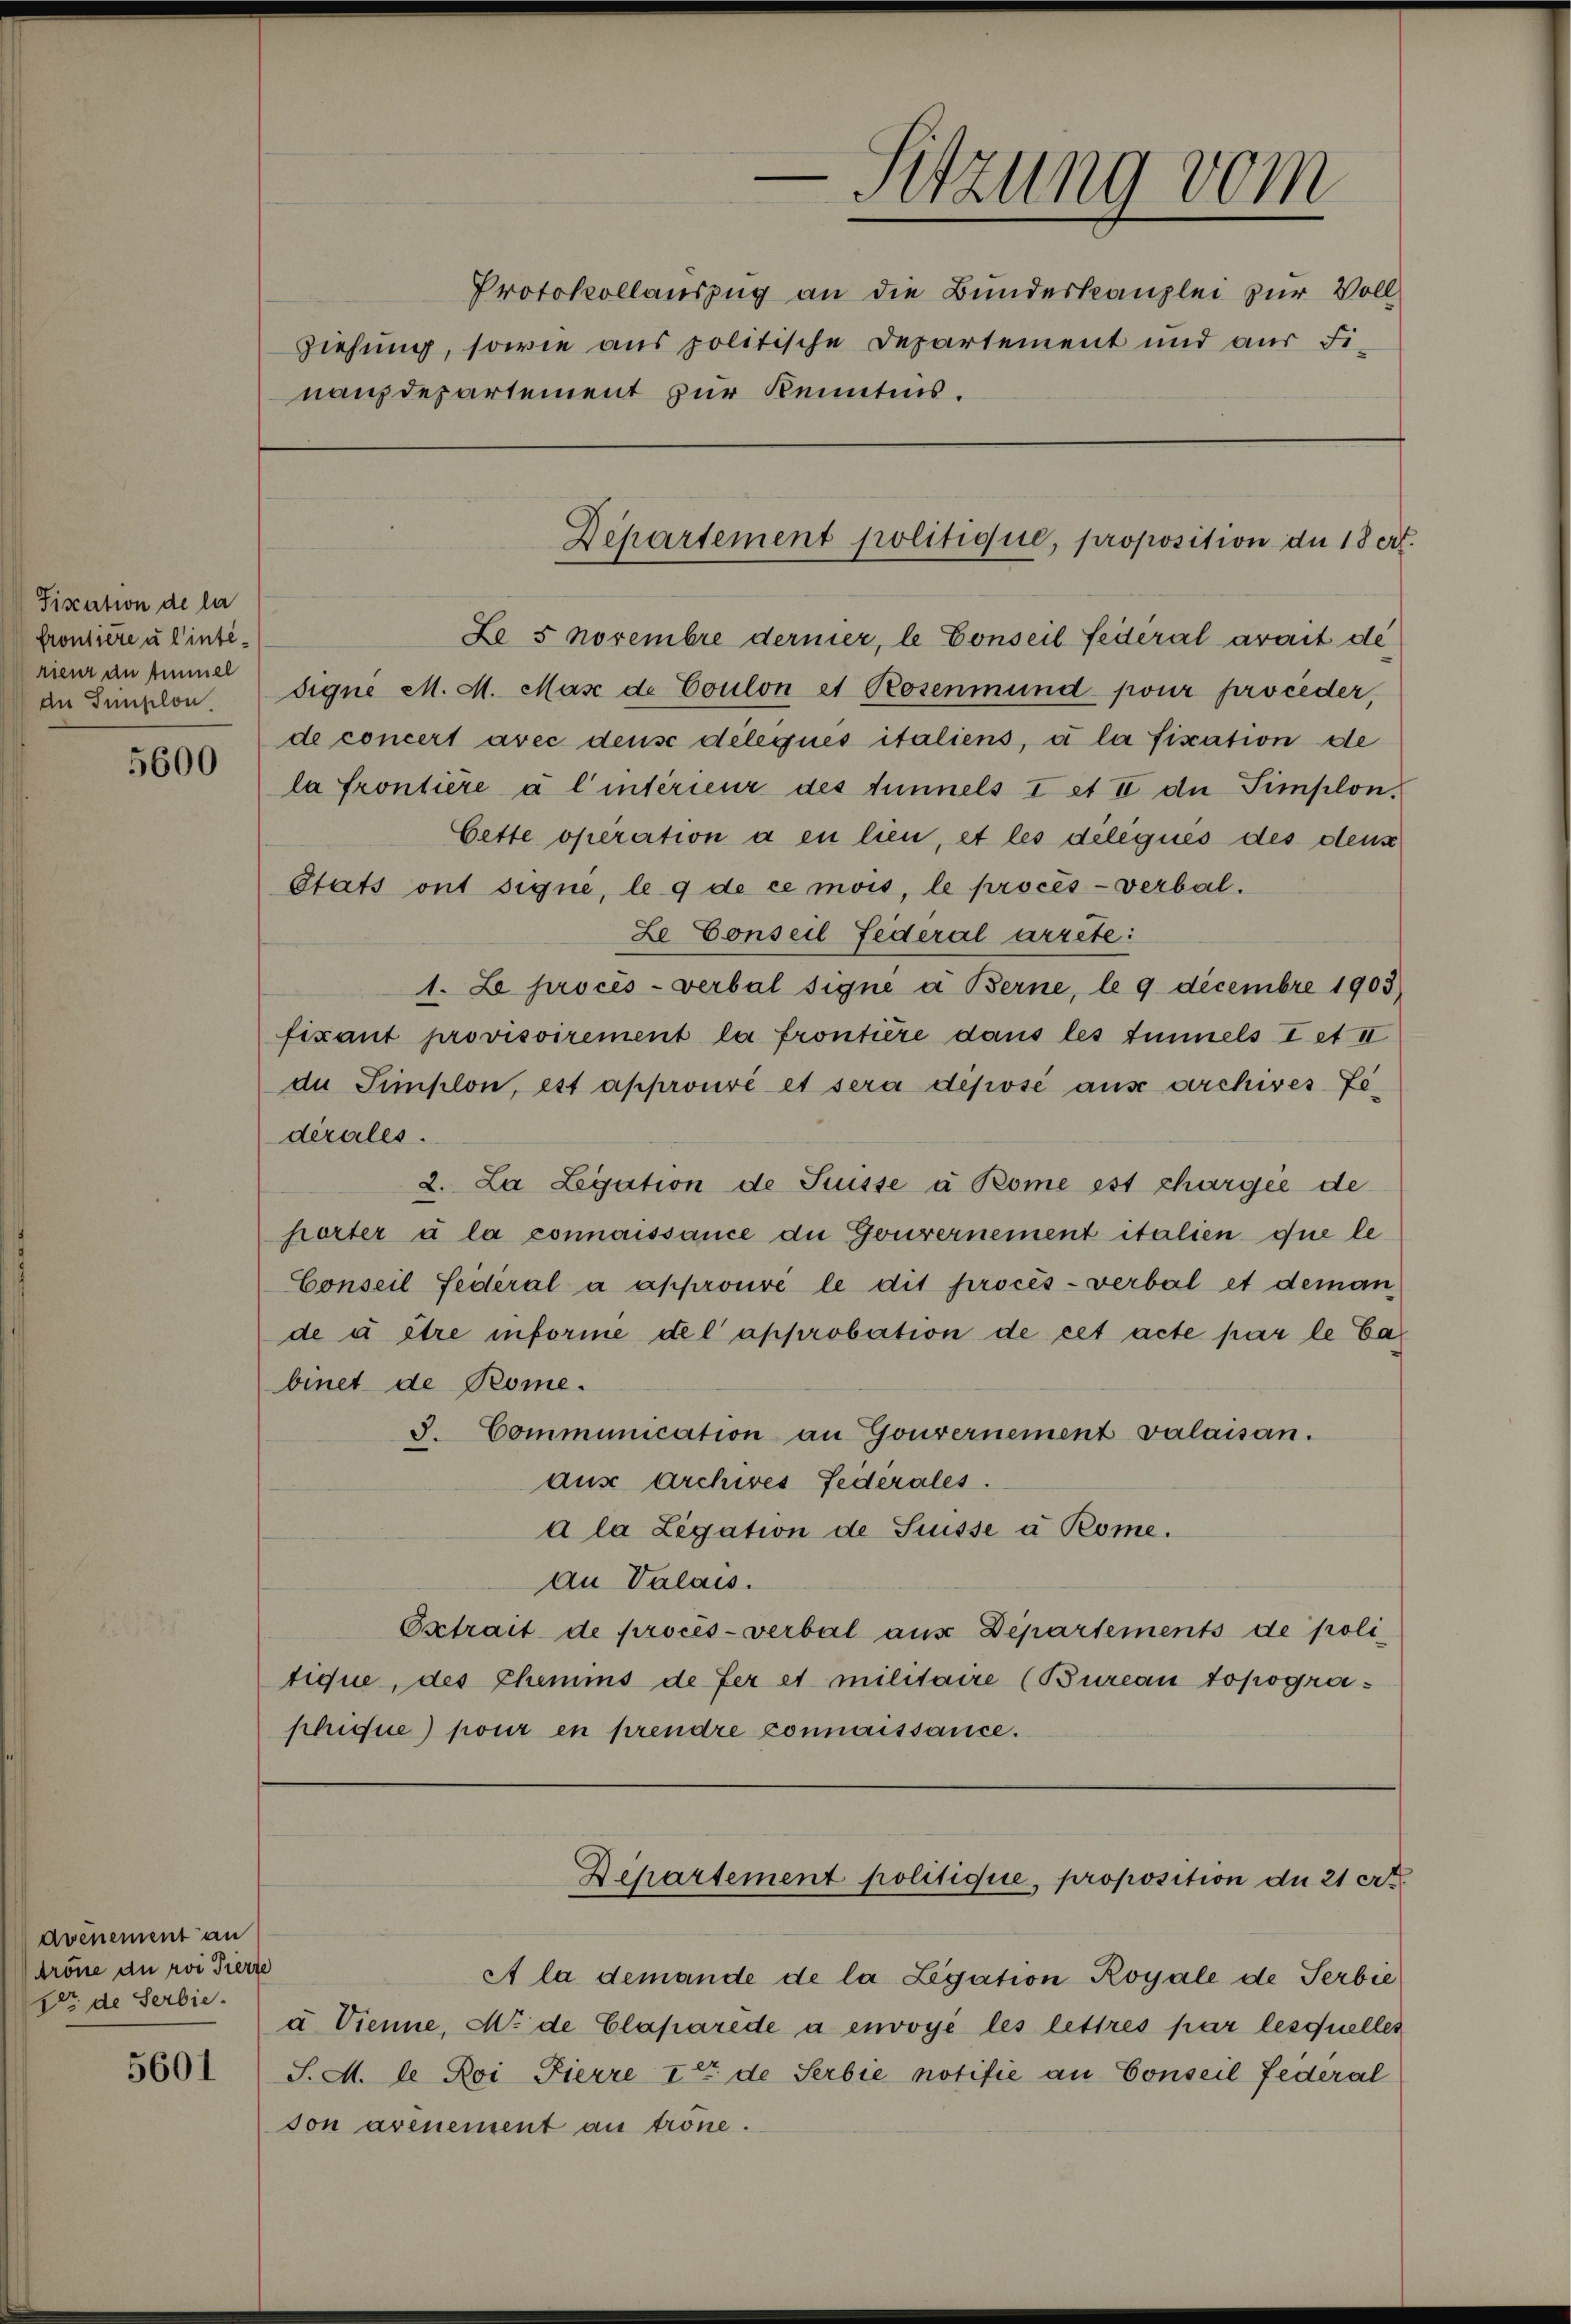
Fiscation de la
frontiere u Winterieur an Zimmel
5600

avénement an
trone du rvi Tierze
1er de Serbie

nanzdepartement zur Kenntnis.

Le 5 Novembre dernier, le Conseil fédéral arait de
an Simplon signe M. M. Mase de Coulon et Rosenmund pour proceder,
de concert avec dense délégués italiens, à la fiscation de
la frontière à l’intérieur des Tunnels I et II die Simplon.
Cette operation a en lien, et les délégués des dens
Etats ont signe, le 9 de ce mois, le procès-verbal¬
Le Conseil Federal arrete:
1. Le procès-verbal signé à Berne, le 9 Decembre 1905)
fixant provisoirement la frontière dans les Einnels Iet II
de Simplon, est approuvé et sera déposé aus archives Jedérales.
2. La Legation de Suisse à Rome est chargée de
hörter u la connaissance die Gouvernement italien que le
Conseil Seiteral a approuvé le dit procès-verbal et deman
de à être informe del approbation de cet acte par le Cabinet de Rome.
S. Communication an Gouvernement valaisan.
aus Archives Federales.
a la Legation de Srüsse à Rome.
an Valais.
Extrait de procès-verbal aus Departements de poli
tique, des Chemis de fer et militaire (Bureau topogra-
phique) pour en prendre connaissance.

—Sitzung vom
Protokollauszug an die Bundeskanzlei zur Vollziehung, sowie aus politische Departement und aus Fi-

Departement politique, proposition du 18 ert

Departement politique, proposition du 21 ert

A la demande de la Legation Royale de Serbie
u. Dienne, M. de Claparede à envoyé les lettres par lesquelles
5601 S. M. le Roi Fierre Ist de Serbie notifie an Conseil Federal
son avenement au tröne.